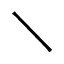
\diagdown